Tezpur Lunatic Asylum reports 1895-1904 - 1895-1904
Year: 1895
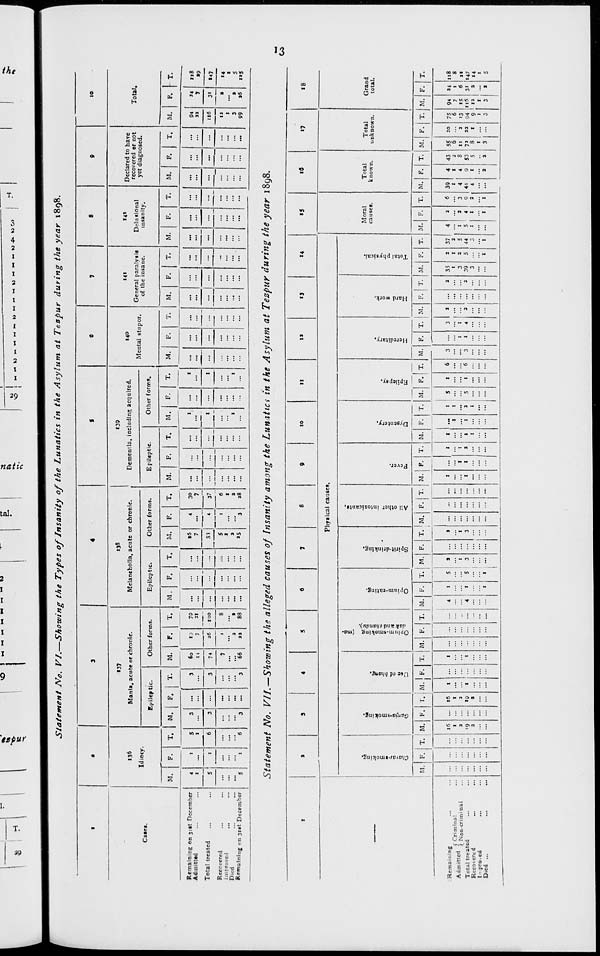
Statement No. VI.—Showing the Types of Insanity of the Lunatics in the Asylum at Tespur during the year 1898.
f
•
3
4
i
e
7
8
9
10
136
Idiocy.
137
Mania, acute or chronic.
138
Melancholia, acute or chronic.
«39
Dementia, including acquired.
140
Mental stupor.
141
General paralysis
of the insane.
14*
Delusional
insanity.
Declared to have
recovered er not
yet diagnosed.
Total.
Catci.
Epileptic.
Other forms.
Epileptic.
Other forms.
Epileptic.
Other forms.
M.
F.
T. 1 M. 1 F.
T.
M.
F.
T.
M.
F.
T.
M.
F.
T.
M.
F.
T.
M.
F.
T.
M.
F.
T.
M.
F.
T.
M.
F.
T.
M.
F.
T.
M.
F. I T.
Remaining on jiit December
Admitted
4
1
>
5
1
3
...
3
3
3
60
11
74
ID
7
36
1
2
33
79
21
roo
——- —Z.
13
7
4
4
I
3
30
7
37
6
I
a
38
—-—
...
1
...
c
_Z_
...
——
...
...
...
_Z_
...
...
...
...
...
94
33
34
7
118
35
Total treated
5
1
6
3
...
33
5
I
3
»5
1
1
...
t
...
... | ...
...
...
...
—
...
...
116
13
I
3
99
3"
a
3
a«
»47
Recovered
Improved
D ' td
'.'.'.
.'.'.
Remaining on jut December
s
1
1
6
3
...
1
"<S6
8
s
83
...
...
1
...
.»
...
...
...
...
...
...
14
1
5
«S
Statement No. VII.—Showing the alleged causes of Insanity among the Lunatict in the Asylum at Tezpur during the year 1898.
I
*
3
4
5
6
7
8
9
10
n
ia
1)
14
• 5
Id
17
18
Physical causes.
Moral
causes.
Total
known.
Total
unknown.
c
M
O
E
g
M
c
M
1
Q
'£•
Q
Q
"c
5
0
«|
1*
•c -a
c c
c <<
: *t
O a
be
c
rt
E
s
'£.
O
c
c
'5.
CO
c
M
O
C
-C
O
<
to
c
0
Q
0.
0.
-3
X
M
O
*
-a
a
X
3
>>
0.
0
H
Grand
total.
M. F.
T. M. F. r. M. F. T. M. F. T. M. F. T. | M.
1
F. T. M. F. T. M. P. T. M. F. T. M. F. T. M. F. T. I M. F. T. M. F. T. M. F. T. M. F. T. M. F. T. M. F. T.
Remaining
, ..,„. (Criminal
Adm.tted [ Non . crimina ,
Total treated
Recovered
...
...
In pro.ed
Died ...
...
!
...
16
1
a
'9
a
••
16
1
2
19
a
I
1
!
1
t
4
4
1
1
1
5
S
1
a
1
3
3
1
3
...
...
1
1
1
1
1
1
3
1
1
1
1
1
i
1
3
1
3
5
1
1
6
6
3
3
1
1
3
I
4
a
a
...
a
3
35
1
3
39
3
a
1
a
5
1
37
a
S
44
3
I
4
1
5
1
a
3
4
I
I
6
3
9
3
I
39
1
4
44
4
4
1
4
9
I
3
43
2
8
S3
5
a
SS
6
11
7»
8
1
3
20
a
aa
1
75
6
13
94
9
1
3
94
7
15
itS
13
I
3
»4
6
31
3
a
118
8
11
147
M
1
3
a